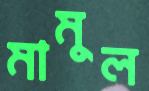
মামুল